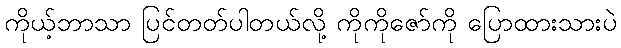
ကိုယ့်ဘာသာ ပြင်တတ်ပါတယ်လို့ ကိုကိုဇော်ကို ပြောထားသားပဲ